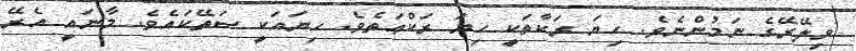
ވިލޭރޭގެ ނަމުންނެވެ. ހިޔަ ރަކާތަކީ ހިޔަ ރަކްޢަތެވެ. ހިޔައަކީ ސަތޭކައެވެ. މާނައީ އެރޭ